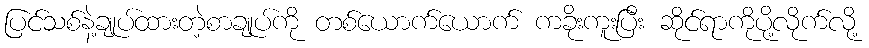
ပြင်သစ်နဲ့ချုပ်ထားတဲ့စာချုပ်ကို တစ်ယောက်ယောက် ကခိုးကူးပြီး ဆိုင်ရာကိုပို့လိုက်လို့